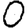
Digit: 0